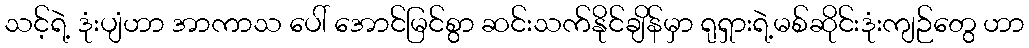
သင့်ရဲ့ ဒုံးပျံဟာ အာကာသ ပေါ် အောင်မြင်စွာ ဆင်းသက်နိုင်ချိန်မှာ ရုရှားရဲ့မစ်ဆိုင်းဒုံးကျဉ်တွေ ဟာ